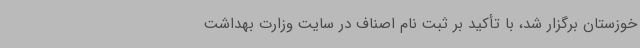
خوزستان برگزار شد، با تأکید بر ثبت نام اصناف در سایت وزارت بهداشت